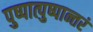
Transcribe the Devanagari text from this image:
पुष्पात्पुष्पान्तरं